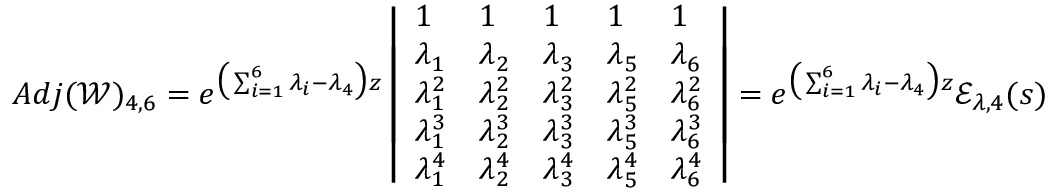
A d j ( \mathscr { W } ) _ { 4 , 6 } = e ^ { \big ( \sum _ { i = 1 } ^ { 6 } \lambda _ { i } - \lambda _ { 4 } \big ) z } \left| \begin{array} { l l l l l } { 1 } & { 1 } & { 1 } & { 1 } & { 1 } \\ { \lambda _ { 1 } } & { \lambda _ { 2 } } & { \lambda _ { 3 } } & { \lambda _ { 5 } } & { \lambda _ { 6 } } \\ { \lambda _ { 1 } ^ { 2 } } & { \lambda _ { 2 } ^ { 2 } } & { \lambda _ { 3 } ^ { 2 } } & { \lambda _ { 5 } ^ { 2 } } & { \lambda _ { 6 } ^ { 2 } } \\ { \lambda _ { 1 } ^ { 3 } } & { \lambda _ { 2 } ^ { 3 } } & { \lambda _ { 3 } ^ { 3 } } & { \lambda _ { 5 } ^ { 3 } } & { \lambda _ { 6 } ^ { 3 } } \\ { \lambda _ { 1 } ^ { 4 } } & { \lambda _ { 2 } ^ { 4 } } & { \lambda _ { 3 } ^ { 4 } } & { \lambda _ { 5 } ^ { 4 } } & { \lambda _ { 6 } ^ { 4 } } \end{array} \right| = e ^ { \big ( \sum _ { i = 1 } ^ { 6 } \lambda _ { i } - \lambda _ { 4 } \big ) z } \mathscr { E } _ { \lambda , 4 } ( s )